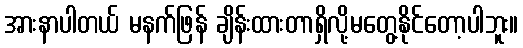
အားနာပါတယ် မနက်ဖြန် ချိန်းထားတာရှိလို့မတွေ့နိုင်တော့ပါဘူး။